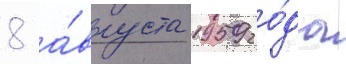
8 а́вгуста 1959 го́да